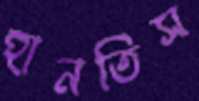
হানতিস